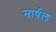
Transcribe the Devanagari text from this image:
मार्षल